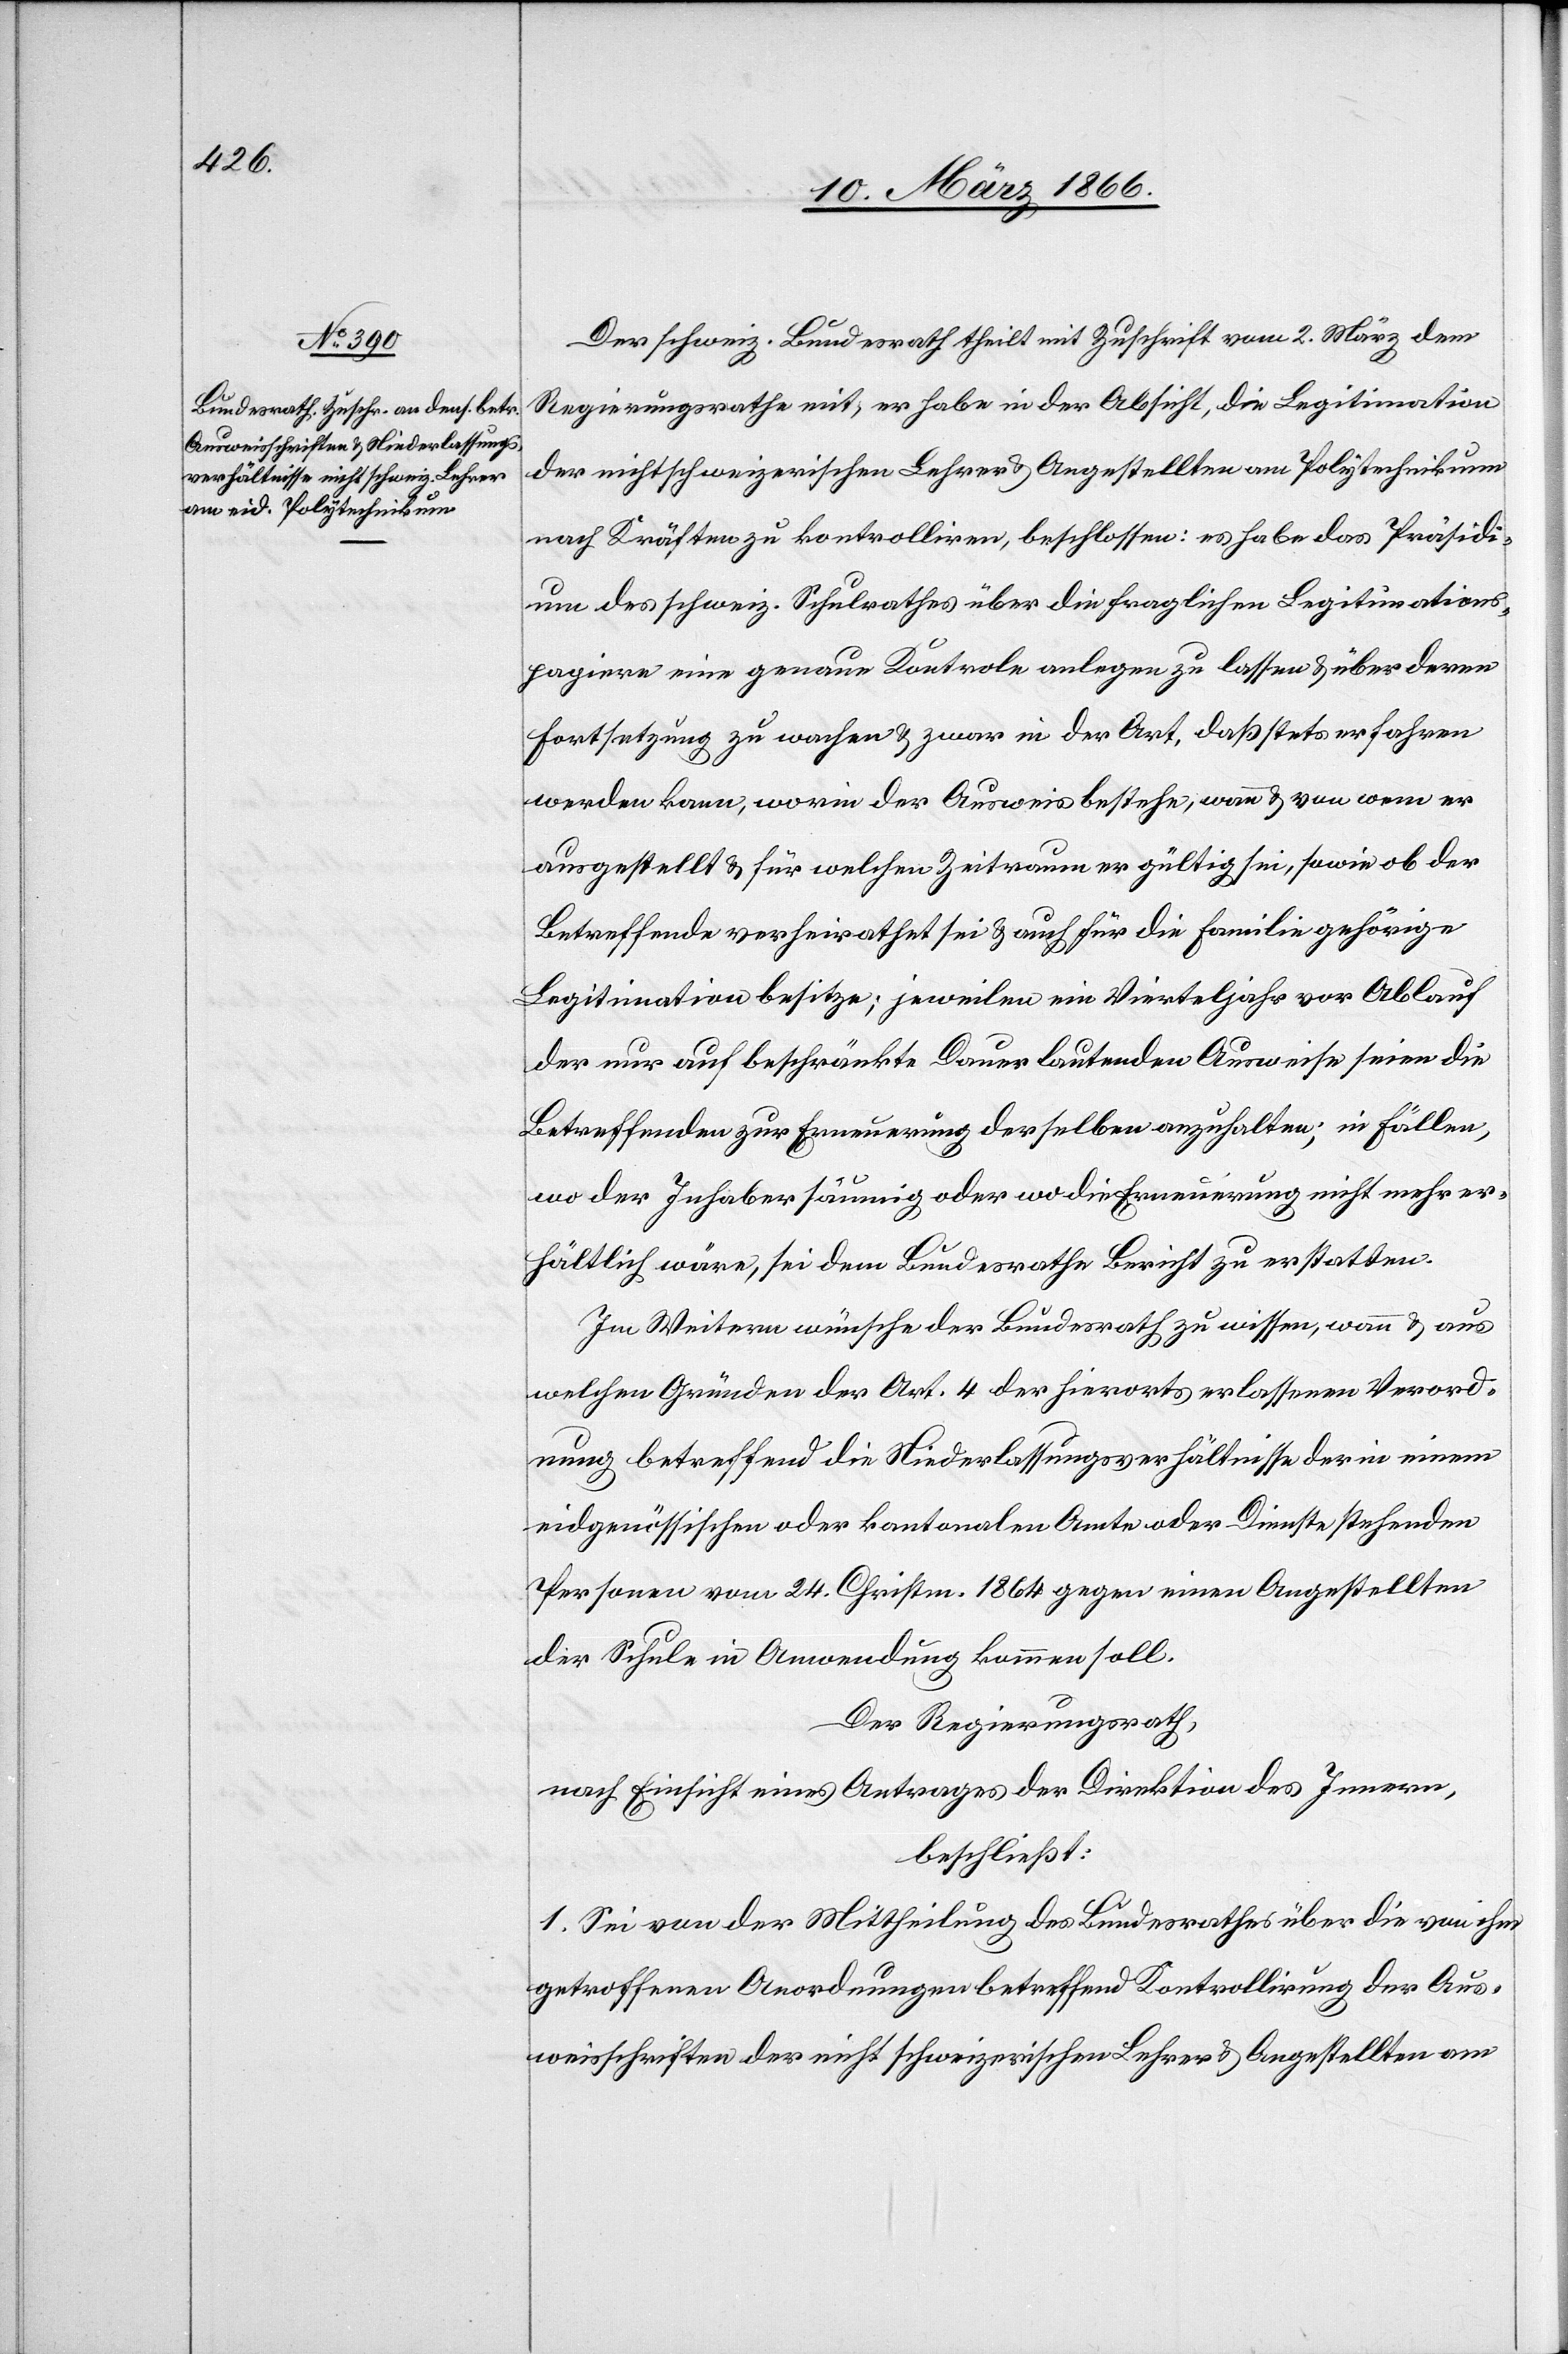
Der schweiz. Bundesrath theilt mit Zuschrift vom 2. März dem
Regierungsrathe mit, er habe in der Absicht, die Legitimation
der nichtschweizerischen Lehrer u. Angestellten am Polytechnikum
nach Kräften zu kontrolliren, beschlossen: es habe das Präsidi¬
um des schweiz. Schulrathes über die fraglichen Legitimations¬
papiere eine genaue Kontrole anlegen zu lassen u. über deren
Fortsetzung zu wachen u. zwar in der Art, daß stets erfahren
werden kann, worin der Ausweis bestehe, wenn u. von wem er
ausgestellt u. für welchen Zeitraum er gültig sei, sowie ob der
Betreffende verheirathet sei u. auch für die Familie gehörige
Legitimation besitze; jeweilen ein Vierteljahr vor Ablauf
der nur auf beschränkte Dauer lautenden Ausweise seien die
Betreffenden zur Erneuerung derselben anzuhalten; in Fällen,
wo der Inhaber säumig oder wo die Erneuerung nicht mehr er¬
hältlich wäre, sei dem Bundesrathe Bericht zu erstatten.
Im Weitern wünsche der Bundesrath zu wissen, wozu u. aus
welchen Gründen der Art. 4 der hierorts erlassenen Verord¬
nung betreffend die Niederlassungsverhältnisse der in einem
eidgenössischen oder kantonalen Amte oder Dienst stehende
Personen vom 24. Christm. 1864 gegen einen Angestellten
der Schule in Anwendung kommen soll.
Der Regierungsrath,
nach Einsicht eines Antrages der Direktion des Innern,
beschließt:
1. Sei von der Mittheilung des Bundesrathes über die von ihm
getroffenen Anordnungen betreffend Kontollirung der Aus¬
weisschriften der nicht schweizerischen Lehrer u. Angestellten am